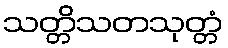
သတ္တိသတသုတ္တံ